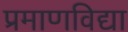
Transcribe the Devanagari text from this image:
प्रमाणविद्या